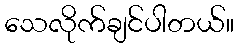
သေလိုက်ချင်ပါတယ်။